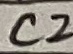
Text: C2